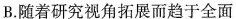
B.随着研究视角拓展而趋于全面